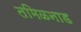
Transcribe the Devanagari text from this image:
तमिळनाड